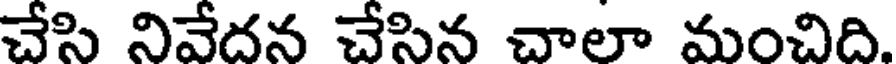
చేసి నివేదన చేసిన చాలా మంచిది.